Report of the Indian Hemp Drugs Commission, 1894-1895 - Volume III
Year: 1894
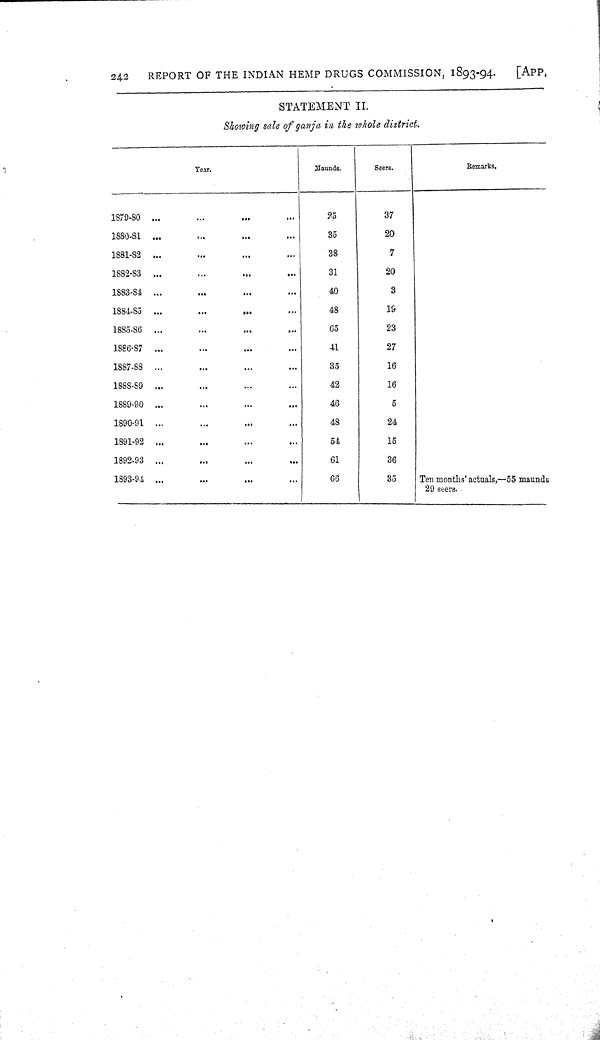
242
REPORT OF THE INDIAN HEMP DRUGS COMMISSION, 1893-94.
[APP.
STATEMENT II.
Showing sale of ganja in the whol e district.
Year.
Maunds.
Seers.
Remarks.
1879-80
25
37
1880-81
35
20
1881-82
38
7
1882-83
31
20
1883-84
40
3
1884-85
48
19
1885-86
65
23
1886-87
41
27
1887-88
35
16
1888-89
42
16
1889-90
46
5
1890-91
48
24
1891-92
54
15
1892-93
61
36
1893-94
66
35
Ten months' actuals,—55 maunds
29 seers.